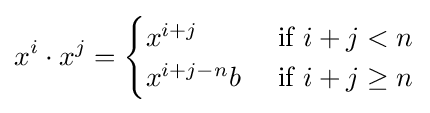
x^{i}\cdot x^{j}={\begin{cases}x^{i+j}&{\text{ if }}i+j<n\\x^{i+j-n}b&{\text{ if }}i+j\geq n\\\end{cases}}